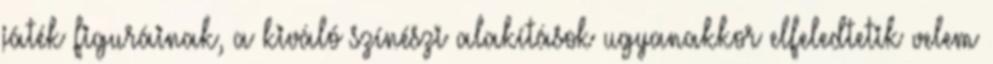
játék figuráinak, a kiváló színészi alakítások ugyanakkor elfeledtetik velem